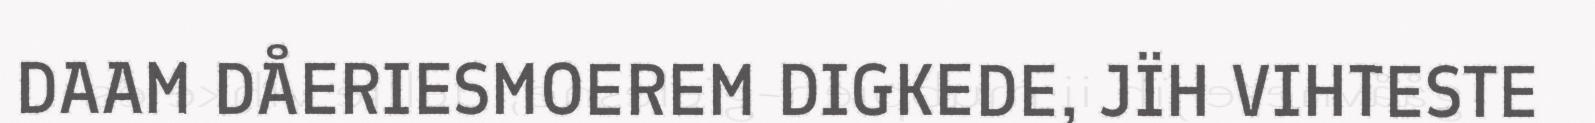
DAAM DÅERIESMOEREM DIGKEDE, JÏH VIHTESTE